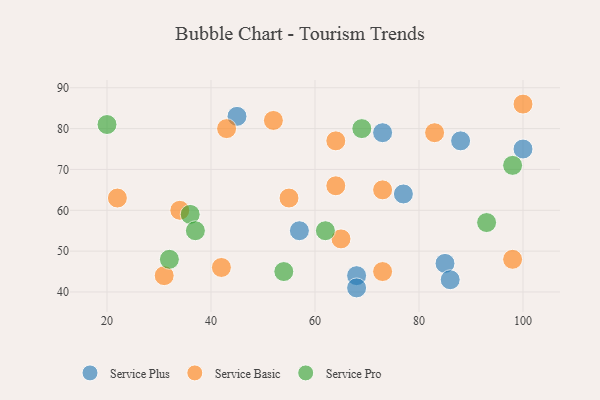
{"axis": {"x": "GDP", "y": "Life Expectancy"}, "legend": ["Service Basic", "Service Plus", "Service Pro"], "data": [{"x": "68", "y": 44, "type": "Service Plus"}, {"x": "68", "y": 41, "type": "Service Plus"}, {"x": "85", "y": 47, "type": "Service Plus"}, {"x": "77", "y": 64, "type": "Service Plus"}, {"x": "100", "y": 75, "type": "Service Plus"}, {"x": "86", "y": 43, "type": "Service Plus"}, {"x": "57", "y": 55, "type": "Service Plus"}, {"x": "88", "y": 77, "type": "Service Plus"}, {"x": "73", "y": 79, "type": "Service Plus"}, {"x": "45", "y": 83, "type": "Service Plus"}, {"x": "64", "y": 66, "type": "Service Basic"}, {"x": "73", "y": 45, "type": "Service Basic"}, {"x": "83", "y": 79, "type": "Service Basic"}, {"x": "73", "y": 65, "type": "Service Basic"}, {"x": "55", "y": 63, "type": "Service Basic"}, {"x": "64", "y": 77, "type": "Service Basic"}, {"x": "52", "y": 82, "type": "Service Basic"}, {"x": "43", "y": 80, "type": "Service Basic"}, {"x": "31", "y": 44, "type": "Service Basic"}, {"x": "100", "y": 86, "type": "Service Basic"}, {"x": "98", "y": 48, "type": "Service Basic"}, {"x": "65", "y": 53, "type": "Service Basic"}, {"x": "22", "y": 63, "type": "Service Basic"}, {"x": "34", "y": 60, "type": "Service Basic"}, {"x": "42", "y": 46, "type": "Service Basic"}, {"x": "20", "y": 81, "type": "Service Pro"}, {"x": "32", "y": 48, "type": "Service Pro"}, {"x": "98", "y": 71, "type": "Service Pro"}, {"x": "93", "y": 57, "type": "Service Pro"}, {"x": "54", "y": 45, "type": "Service Pro"}, {"x": "36", "y": 59, "type": "Service Pro"}, {"x": "62", "y": 55, "type": "Service Pro"}, {"x": "37", "y": 55, "type": "Service Pro"}, {"x": "69", "y": 80, "type": "Service Pro"}]}